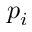
p _ { i }